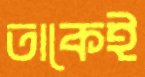
তাকেই